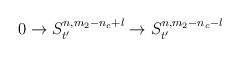
\begin{align*}0 \rightarrow S^{n,m_2-n_c+l}_{t'} \rightarrow S^{n,m_2-n_c-l}_{t'}\end{align*}